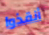
أنقذوا